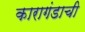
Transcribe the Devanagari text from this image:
कारागंडाची